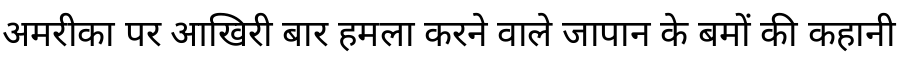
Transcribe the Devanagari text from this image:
अमरीका पर आखिरी बार हमला करने वाले जापान के बमों की कहानी